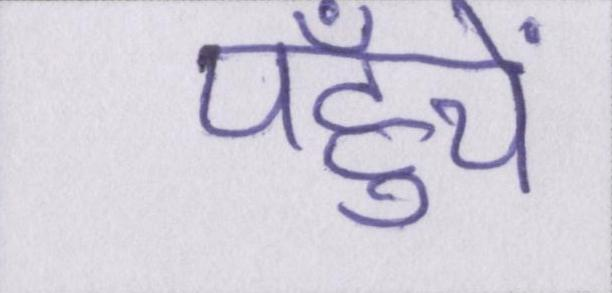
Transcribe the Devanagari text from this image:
पहुँचें